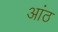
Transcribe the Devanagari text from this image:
आंठ